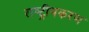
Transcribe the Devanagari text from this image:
राष्‍ट्रीयकरण